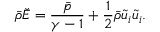
\bar { \rho } \check { E } = \frac { \bar { p } } { \gamma - 1 } + \frac { 1 } { 2 } \bar { \rho } \tilde { u } _ { i } \tilde { u } _ { i } .